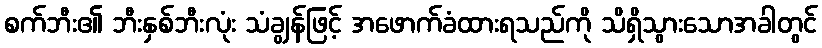
စက်ဘီး၏ ဘီးနှစ်ဘီးလုံး သံချွန်ဖြင့် အဖောက်ခံထားရသည်ကို သိရှိသွားသောအခါတွင်